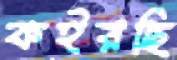
কইরছি